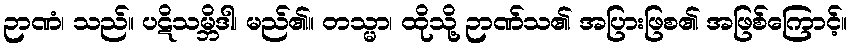
ဉာဏံ၊ သည်။ ပဋိသမ္ဘိဒါ၊ မည်၏။ တသ္မာ၊ ထိုသို့ ဉာဏ်သ၏ အပြားဖြစ၏ အဖြစ်ကြောင့်။